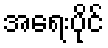
အရေးပိုင်